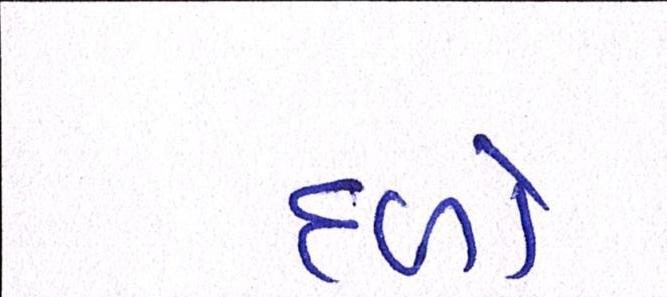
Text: દળો